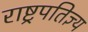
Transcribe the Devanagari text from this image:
राष्ट्रपतिज्ञ्य